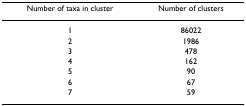
| Number of taxa in cluster | Number of clusters |
 | --- | --- |
 | 1 | 86022 |
 | 2 | 1986 |
 | 3 | 478 |
 | 4 | 162 |
 | 5 | 90 |
 | 6 | 67 |
 | 7 | 59 |